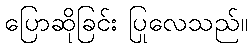
ပြောဆိုခြင်း ပြုလေသည်။